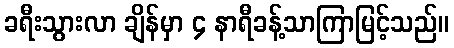
ခရီးသွားလာ ချိန်မှာ ၄ နာရီခန့်သာကြာမြင့်သည်။